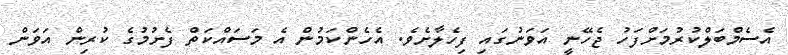
އެސެމްބަލްކުރުމަށްފަހު ޖެހޭނީ އަވަނުގައި ފިހެލާށެވެ. އެހެންކަމުން އެ މަސައްކަތް ފެށުމުގެ ކުރިން އަވަން